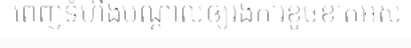
ពេញទំហឹងបណ្តាលឲ្យរងការខូចខាតអស់